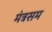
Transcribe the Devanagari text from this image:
मंत्रसम